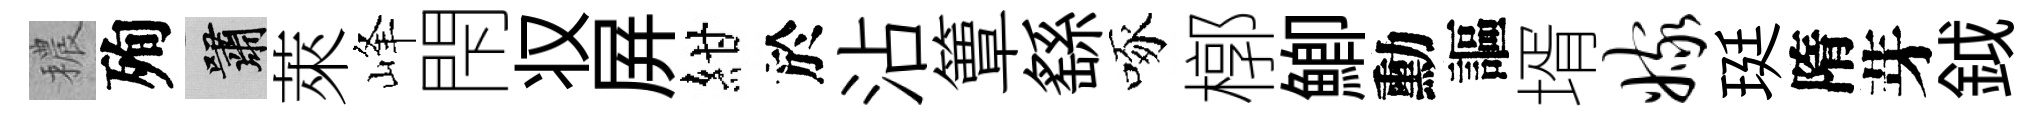
穠殉嘯萊峰閇𠬧屛紺於沾簟繇啄槨鯽勳謳壻嫁珽隋芽鉞